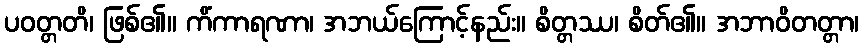
ပဝတ္တတိ၊ ဖြစ်၏။ ကိံကာရဏာ၊ အဘယ်ကြောင့်နည်း။ စိတ္တဿ၊ စိတ်၏။ အဘာဝိတတ္တာ၊